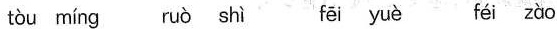
tòu míng ruò shì fēi yuè féi zào